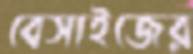
বেসাইজের